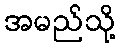
အမည်သို့